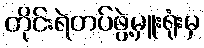
တိုင်းရဲတပ်ဖွဲ့မှူးရုံးမှ